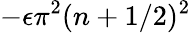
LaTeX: -\epsilon\pi^{2}(n+1/2)^{2}